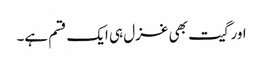
اور گیت بھی غزل ہی ایک قسم ہے۔